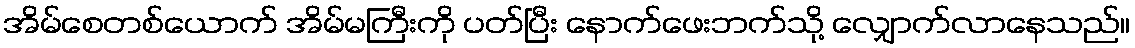
အိမ်စေတစ်ယောက် အိမ်မကြီးကို ပတ်ပြီး နောက်ဖေးဘက်သို့ လျှောက်လာနေသည်။